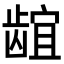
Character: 𬺌